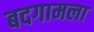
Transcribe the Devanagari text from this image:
बदगामला